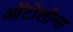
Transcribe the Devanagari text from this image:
ऑटोलोग्स